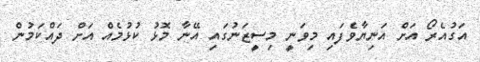
އަގުއެރޯ އަށް އަނިޔާވެފައި މިވަނީ މިސީޒަނުގައި އޭނާ މޮޅު ކުޅުމެއް އަށް ދައްކަމުން